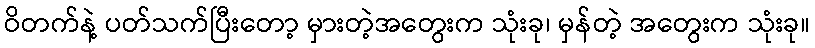
ဝိတက်နဲ့ ပတ်သက်ပြီးတော့ မှားတဲ့အတွေးက သုံးခု၊ မှန်တဲ့ အတွေးက သုံးခု။